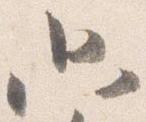
只